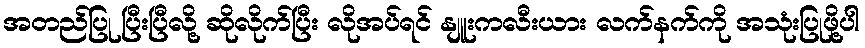
အတည်ပြု ပြီးပြီလို့ ဆိုလိုက်ပြီး လိုအပ်ရင် နျူးကလီးယား လက်နက်ကို အသုံးပြုဖို့ပါ